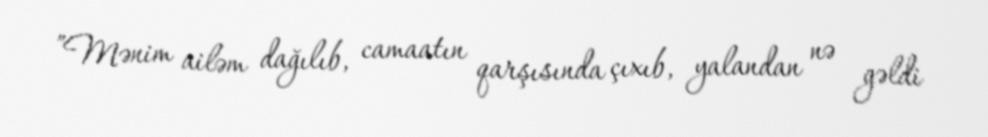
”Mənim ailəm dağılıb, camaatın qarşısında çıxıb, yalandan nə gəldi